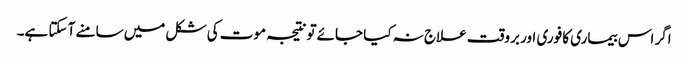
اگر اس بیماری کا فوری اور بروقت علاج نہ کیا جائے تونتیجہ موت کی شکل میں سامنے آ سکتا ہے۔